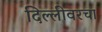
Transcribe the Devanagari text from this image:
दिल्लीवरचा